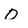
Character: O